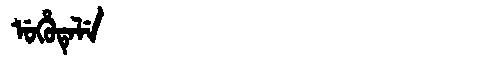
Manchu: ᡠᡥᡠᡨᡝᠯᡝ
Romanization: UHUTELE